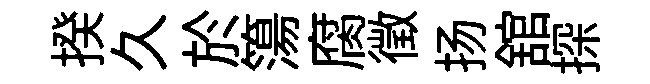
揆久於簜腐徴扬舘探